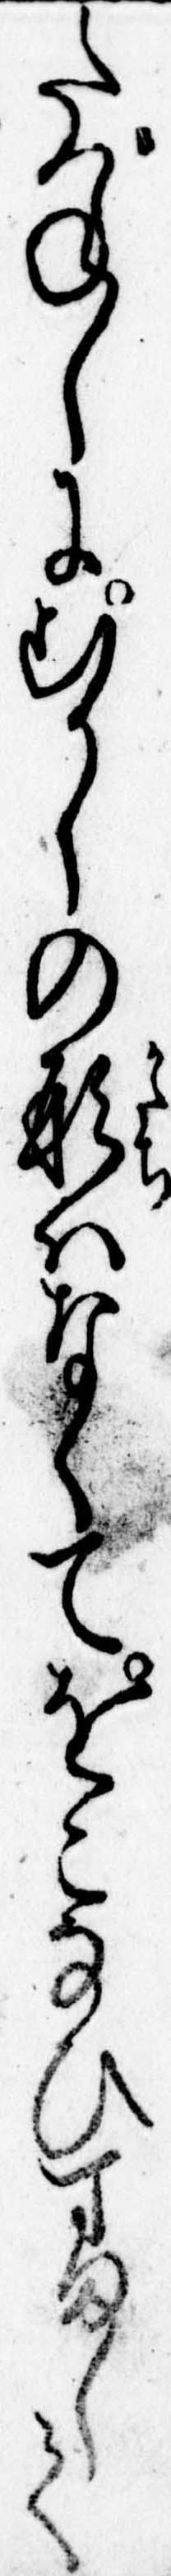
たづねしにむかしの形はなくてをこなひすまして